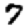
Digit: 7